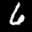
Label: 6